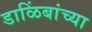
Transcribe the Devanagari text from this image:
डाळिंबांच्या